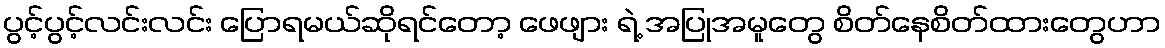
ပွင့်ပွင့်လင်းလင်း ပြောရမယ်ဆိုရင်တော့ ဖေဖျား ရဲ့ အပြုအမူတွေ စိတ်နေစိတ်ထားတွေဟာ